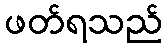
ဖတ်ရသည်